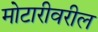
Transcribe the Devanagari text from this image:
मोटारीवरील